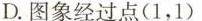
D.图象经过点(1，1)